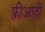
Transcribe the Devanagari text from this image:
फ़्रीआदीं